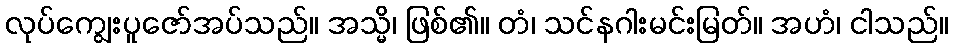
လုပ်ကျွေးပူဇော်အပ်သည်။ အသ္မိ၊ ဖြစ်၏။ တံ၊ သင်နဂါးမင်းမြတ်။ အဟံ၊ ငါသည်။